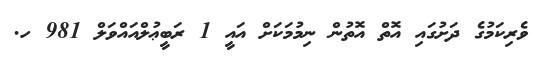
ވެރިކަމުގެ ދަށުގައި އޮތް އޮތުން ނިމުމަކަށް އައީ 1 ރަބީޢުލްއައްވަލް 981 ހ.